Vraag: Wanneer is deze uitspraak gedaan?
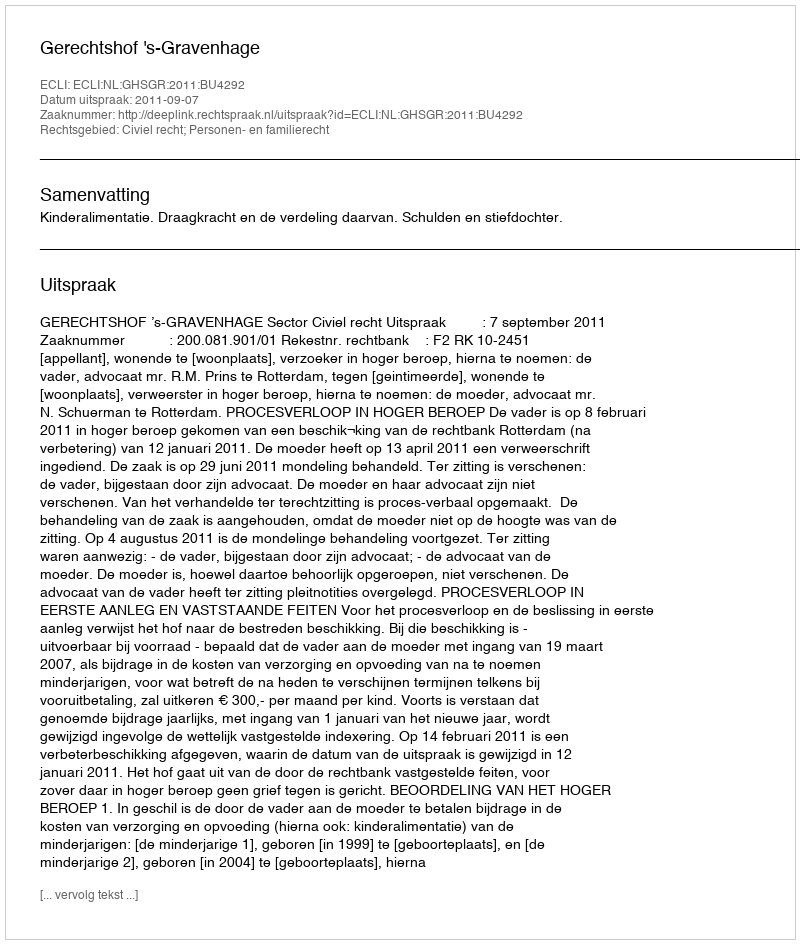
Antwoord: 2011-09-07